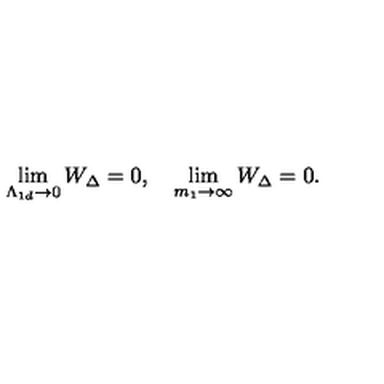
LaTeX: \lim _ { \Lambda _ { 1 d } \rightarrow 0 } W _ { \Delta } = 0 , \quad \lim _ { m _ { 1 } \rightarrow \infty } W _ { \Delta } = 0 .